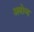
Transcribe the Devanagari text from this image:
अबोव्ह